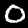
Digit: 0